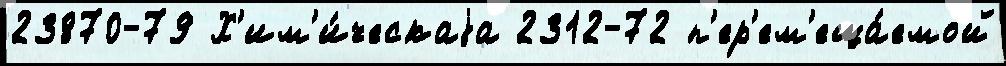
23870-79 Х'им'и́ческаjа 2312-72 п'ер'ем'еща́емой